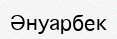
Әнуарбек